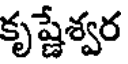
కృష్ణేశ్వర